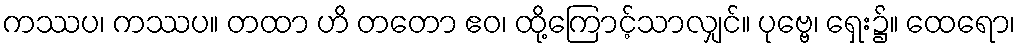
ကဿပ၊ ကဿပ။ တထာ ဟိ တတော ဧဝ၊ ထို့ကြောင့်သာလျှင်။ ပုဗ္ဗေ၊ ရှေး၌။ ထေရော၊